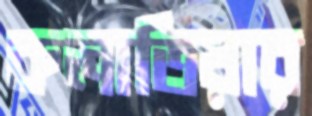
কলাতিয়ার